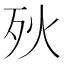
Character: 𣧛